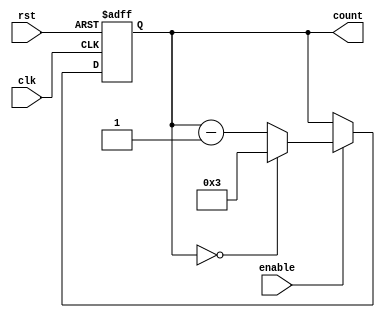
module modulo_n_down_counter (
    input wire clk,
    input wire rst,
    input wire enable,
    output reg [N-1:0] count
);

parameter N = 4; // Change N to the desired value

always @(posedge clk or posedge rst) begin
    if (rst) begin
        count <= N-1;
    end else begin
        if (enable) begin
            if (count == 0) begin
                count <= N-1;
            end else begin
                count <= count - 1;
            end
        end
    end
end

endmodule